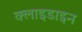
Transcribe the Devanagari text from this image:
क्लाइडाइन